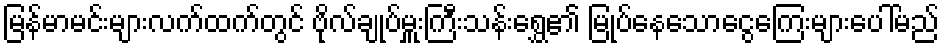
မြန်မာမင်းများလက်ထက်တွင် ဗိုလ်ချုပ်မှူးကြီးသန်းရွှေ၏ မြုပ်နေသောငွေကြေးများပေါ်မည်